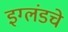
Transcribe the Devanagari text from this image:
इग्लंडचे